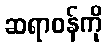
ဆရာဝန်ကို